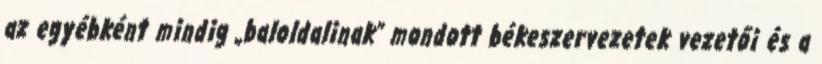
az egyébként mindig „baloldalinak” mondott békeszervezetek vezetői és a